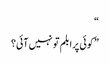
“
” کوئی پرابلم تو نہیں آئی؟